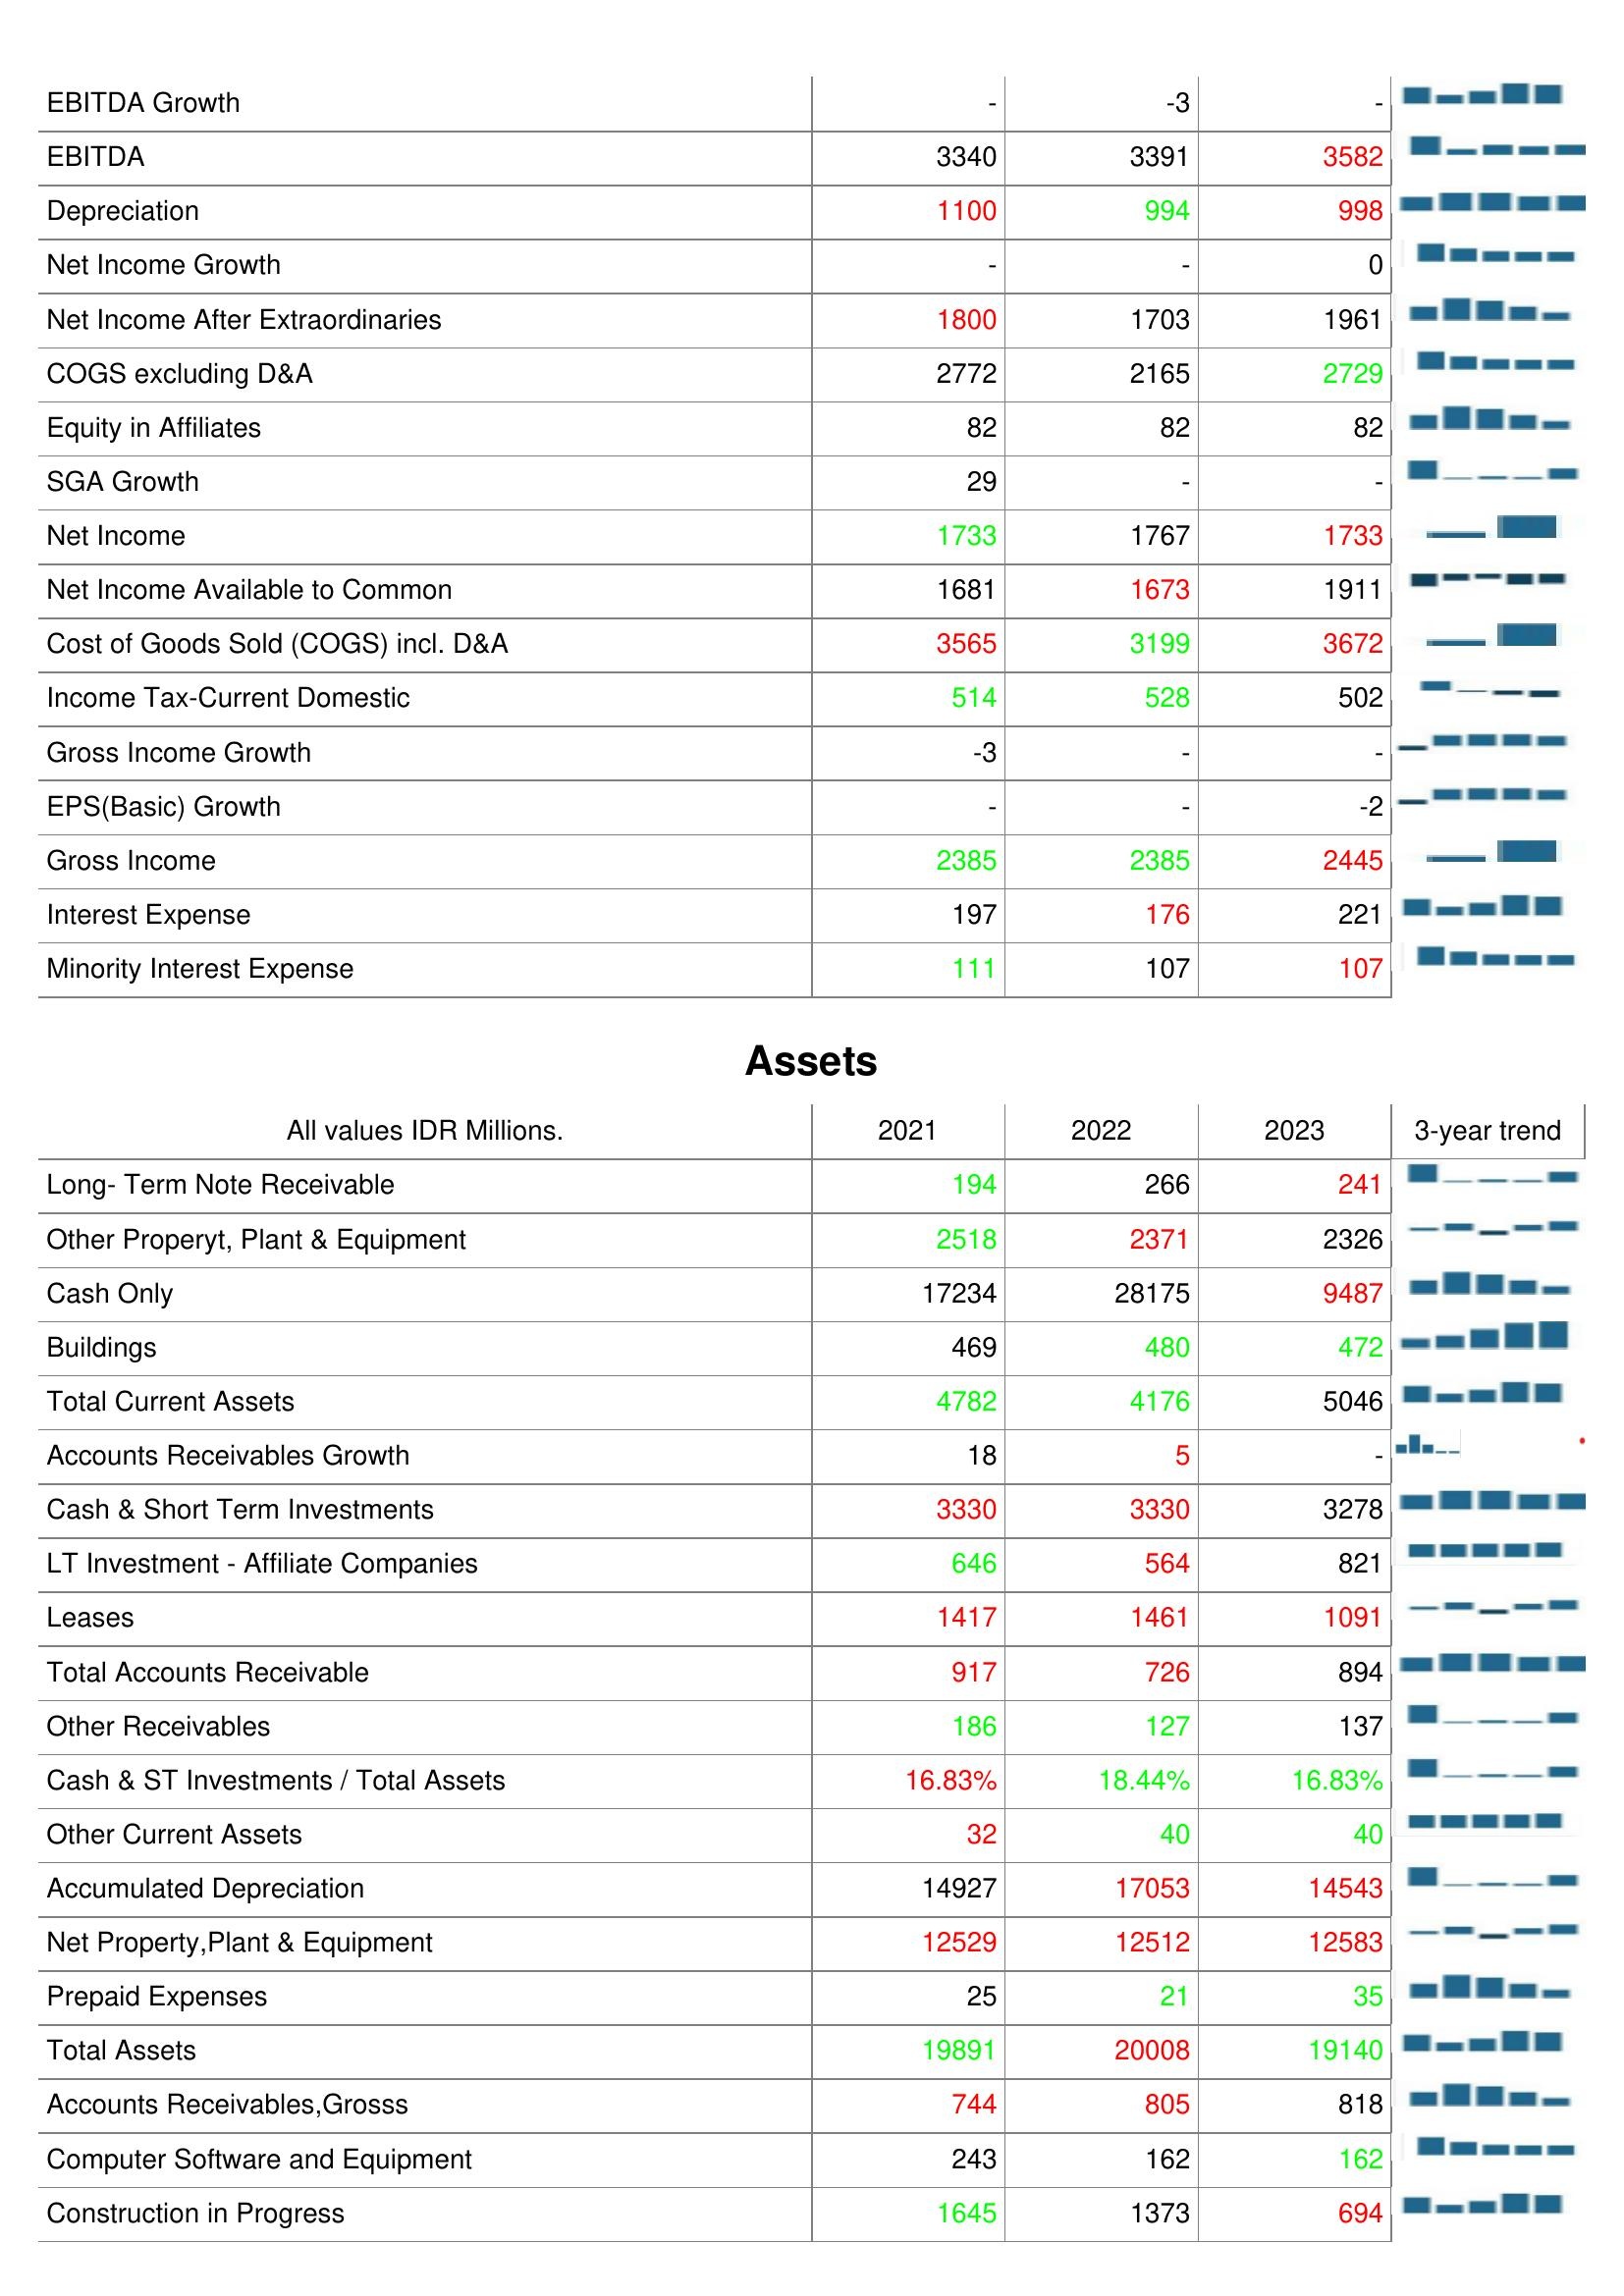
2021: : EBITDA Growth: -
EBITDA: 3340
Depreciation: 1100
Net Income Growth: -
Net Income After Extraordinaries: 1800
COGS excluding D&A: 2772
Equity in Affiliates: 82
SGA Growth: 29
Net Income: 1733
Net Income Available to Common: 1681
Cost of Goods Sold (COGS) incl. D&A: 3565
Income Tax-Current Domestic: 514
Gross Income Growth: -3
EPS(Basic) Growth: -
Gross Income: 2385
Interest Expense: 197
Minority Interest Expense: 111
Assets: Long- Term Note Receivable: 194
Other Properyt, Plant & Equipment: 2518
Cash Only: 17234
Buildings: 469
Total Current Assets: 4782
Accounts Receivables Growth: 18
Cash & Short Term Investments: 3330
LT Investment - Affiliate Companies: 646
Leases: 1417
Total Accounts Receivable: 917
Other Receivables: 186
Cash & ST Investments / Total Assets: 16.83%
Other Current Assets: 32
Accumulated Depreciation: 14927
Net Property,Plant & Equipment: 12529
Prepaid Expenses: 25
Total Assets: 19891
Accounts Receivables,Grosss: 744
Computer Software and Equipment: 243
Construction in Progress: 1645
2022: : EBITDA Growth: -3
EBITDA: 3391
Depreciation: 994
Net Income Growth: -
Net Income After Extraordinaries: 1703
COGS excluding D&A: 2165
Equity in Affiliates: 82
SGA Growth: -
Net Income: 1767
Net Income Available to Common: 1673
Cost of Goods Sold (COGS) incl. D&A: 3199
Income Tax-Current Domestic: 528
Gross Income Growth: -
EPS(Basic) Growth: -
Gross Income: 2385
Interest Expense: 176
Minority Interest Expense: 107
Assets: Long- Term Note Receivable: 266
Other Properyt, Plant & Equipment: 2371
Cash Only: 28175
Buildings: 480
Total Current Assets: 4176
Accounts Receivables Growth: 5
Cash & Short Term Investments: 3330
LT Investment - Affiliate Companies: 564
Leases: 1461
Total Accounts Receivable: 726
Other Receivables: 127
Cash & ST Investments / Total Assets: 18.44%
Other Current Assets: 40
Accumulated Depreciation: 17053
Net Property,Plant & Equipment: 12512
Prepaid Expenses: 21
Total Assets: 20008
Accounts Receivables,Grosss: 805
Computer Software and Equipment: 162
Construction in Progress: 1373
2023: : EBITDA Growth: -
EBITDA: 3582
Depreciation: 998
Net Income Growth: 0
Net Income After Extraordinaries: 1961
COGS excluding D&A: 2729
Equity in Affiliates: 82
SGA Growth: -
Net Income: 1733
Net Income Available to Common: 1911
Cost of Goods Sold (COGS) incl. D&A: 3672
Income Tax-Current Domestic: 502
Gross Income Growth: -
EPS(Basic) Growth: -2
Gross Income: 2445
Interest Expense: 221
Minority Interest Expense: 107
Assets: Long- Term Note Receivable: 241
Other Properyt, Plant & Equipment: 2326
Cash Only: 9487
Buildings: 472
Total Current Assets: 5046
Accounts Receivables Growth: -
Cash & Short Term Investments: 3278
LT Investment - Affiliate Companies: 821
Leases: 1091
Total Accounts Receivable: 894
Other Receivables: 137
Cash & ST Investments / Total Assets: 16.83%
Other Current Assets: 40
Accumulated Depreciation: 14543
Net Property,Plant & Equipment: 12583
Prepaid Expenses: 35
Total Assets: 19140
Accounts Receivables,Grosss: 818
Computer Software and Equipment: 162
Construction in Progress: 694